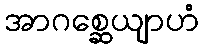
အာဂစ္ဆေယျာဟံ